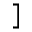
]